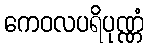
ကေဝလပရိပုဏ္ဏံ